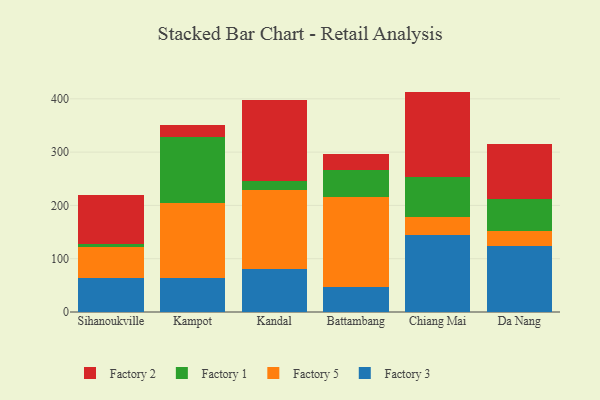
{"axis": {"x": "City", "y": "Churn Rate (%)"}, "legend": ["Factory 1", "Factory 2", "Factory 3", "Factory 5"], "data": [{"x": "Sihanoukville", "y": 63.7, "type": "Factory 3"}, {"x": "Sihanoukville", "y": 58.0, "type": "Factory 5"}, {"x": "Sihanoukville", "y": 5.1, "type": "Factory 1"}, {"x": "Sihanoukville", "y": 93.1, "type": "Factory 2"}, {"x": "Kampot", "y": 64.6, "type": "Factory 3"}, {"x": "Kampot", "y": 139.3, "type": "Factory 5"}, {"x": "Kampot", "y": 124.4, "type": "Factory 1"}, {"x": "Kampot", "y": 22.2, "type": "Factory 2"}, {"x": "Kandal", "y": 81.3, "type": "Factory 3"}, {"x": "Kandal", "y": 147.5, "type": "Factory 5"}, {"x": "Kandal", "y": 17.6, "type": "Factory 1"}, {"x": "Kandal", "y": 150.6, "type": "Factory 2"}, {"x": "Battambang", "y": 47.4, "type": "Factory 3"}, {"x": "Battambang", "y": 168.5, "type": "Factory 5"}, {"x": "Battambang", "y": 51.1, "type": "Factory 1"}, {"x": "Battambang", "y": 29.6, "type": "Factory 2"}, {"x": "Chiang Mai", "y": 145.4, "type": "Factory 3"}, {"x": "Chiang Mai", "y": 32.9, "type": "Factory 5"}, {"x": "Chiang Mai", "y": 75.7, "type": "Factory 1"}, {"x": "Chiang Mai", "y": 159.6, "type": "Factory 2"}, {"x": "Da Nang", "y": 124.4, "type": "Factory 3"}, {"x": "Da Nang", "y": 27.8, "type": "Factory 5"}, {"x": "Da Nang", "y": 59.6, "type": "Factory 1"}, {"x": "Da Nang", "y": 102.9, "type": "Factory 2"}]}